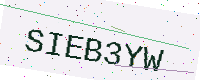
Text: SIEB3YW